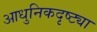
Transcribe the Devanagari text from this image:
आधुनिकदृष्ट्या